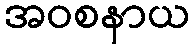
အဝစနာယ